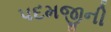
પદમજીની